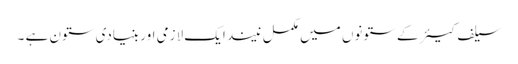
سیلف کیئر کے ستونوں میں مکمل نیند ایک لازمی اور بنیادی ستون ہے ۔